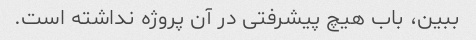
ببین، باب هیچ پیشرفتی در آن پروژه نداشته است.